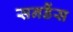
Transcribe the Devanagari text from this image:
सनडैंस